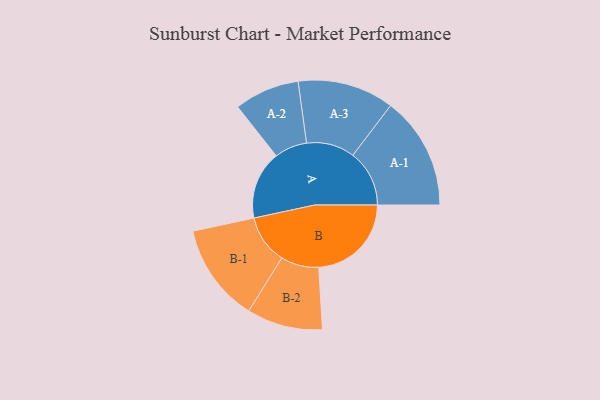
{"axis": {"x": "Segment", "y": "Value"}, "legend": ["", "A", "B"], "data": [{"x": "A", "y": 306, "type": ""}, {"x": "B", "y": 415, "type": ""}, {"x": "A-1", "y": 253, "type": "A"}, {"x": "A-2", "y": 146, "type": "A"}, {"x": "A-3", "y": 216, "type": "A"}, {"x": "B-1", "y": 220, "type": "B"}, {"x": "B-2", "y": 170, "type": "B"}]}